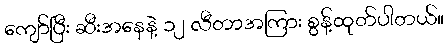
ကျော်ပြီး ဆီးအနေနဲ့ ၁၂ လီတာအကြား စွန့်ထုတ်ပါတယ်။